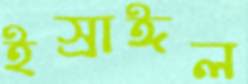
ইস্রাঈল